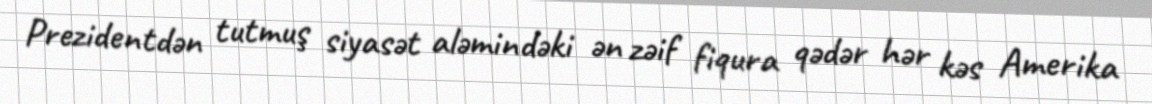
Prezidentdən tutmuş siyasət aləmindəki ən zəif fiqura qədər hər kəs Amerika